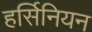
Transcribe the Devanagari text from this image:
हर्सिनियन